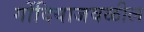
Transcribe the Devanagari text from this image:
गोंदियाजवळील